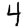
Digit: 4